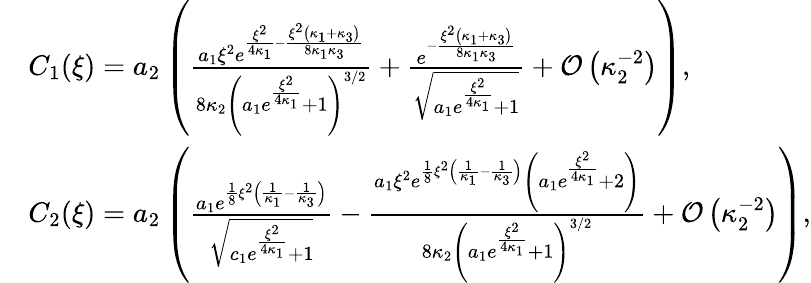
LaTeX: \begin{array}{rl}&{C_{1}(\xi)=a_{2}\left(\frac{a_{1}\xi^{2}e^{\frac{\xi^{2}}{4\kappa_{1}}-\frac{\xi^{2}\left(\kappa_{1}+\kappa_{3}\right)}{8\kappa_{1}\kappa_{3}}}}{8\kappa_{2}\left(a_{1}e^{\frac{\xi^{2}}{4\kappa_{1}}}+1\right)^{3/2}}+\frac{e^{-\frac{\xi^{2}\left(\kappa_{1}+\kappa_{3}\right)}{8\kappa_{1}\kappa_{3}}}}{\sqrt{a_{1}e^{\frac{\xi^{2}}{4\kappa_{1}}}+1}}+\mathcal{O}\left(\kappa_{2}^{-2}\right)\right),}\\ &{C_{2}(\xi)=a_{2}\left(\frac{a_{1}e^{\frac{1}{8}\xi^{2}\left(\frac{1}{\kappa_{1}}-\frac{1}{\kappa_{3}}\right)}}{\sqrt{c_{1}e^{\frac{\xi^{2}}{4\kappa_{1}}}+1}}-\frac{a_{1}\xi^{2}e^{\frac{1}{8}\xi^{2}\left(\frac{1}{\kappa_{1}}-\frac{1}{\kappa_{3}}\right)}\left(a_{1}e^{\frac{\xi^{2}}{4\kappa_{1}}}+2\right)}{8\kappa_{2}\left(a_{1}e^{\frac{\xi^{2}}{4\kappa_{1}}}+1\right)^{3/2}}+\mathcal{O}\left(\kappa_{2}^{-2}\right)\right),}\end{array}